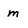
Character: m